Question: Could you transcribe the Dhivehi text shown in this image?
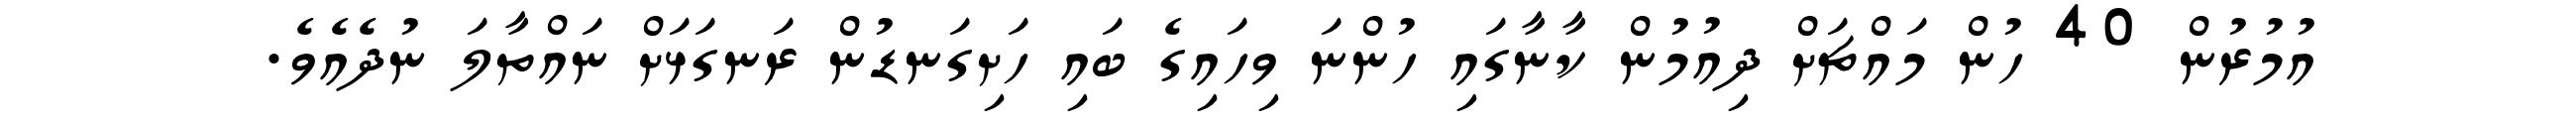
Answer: އުމުރުން 40 ހުން މައްޗަށް ދިއުމުން ކާނާގައި ހުންނަ ވިހައިގެ ބައި ހަށިގަނޑުން ރަނގަޅަށް ނައްތާލަ ނުދެއެވެ.